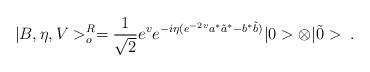
LaTeX: \begin{align*}|B,\eta,V>^{R}_{o}= \frac{1}{\sqrt{2}}e^{v}e^{-i\eta(e^{-2v}a^{*}\tilde{a}^{*} -b^{*}\tilde{b})} |0>\otimes|\tilde{0}>\;.\end{align*}